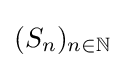
(S_{n})_{n\in \mathbb {N} }